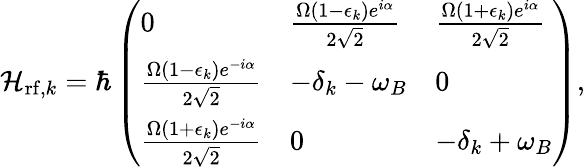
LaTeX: \mathcal{H}_{\mathrm{rf},k}=\hbar\left(\begin{array}{lll}{0}&{\frac{\Omega(1-\epsilon_{k})e^{i\alpha}}{2\sqrt{2}}}&{\frac{\Omega(1+\epsilon_{k})e^{i\alpha}}{2\sqrt{2}}}\\ {\frac{\Omega(1-\epsilon_{k})e^{-i\alpha}}{2\sqrt{2}}}&{-\delta_{k}-\omega_{B}}&{0}\\ {\frac{\Omega(1+\epsilon_{k})e^{-i\alpha}}{2\sqrt{2}}}&{0}&{-\delta_{k}+\omega_{B}}\end{array}\right),